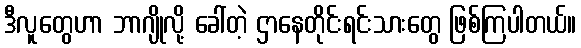
ဒီလူတွေဟာ ဘာဂျိုလို့ ခေါ်တဲ့ ဌာနေတိုင်းရင်းသားတွေ ဖြစ်ကြပါတယ်။